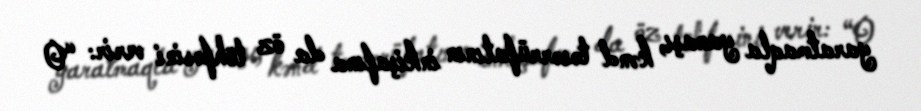
yaratmaqla yanaşı, kənd təsərrüfatının inkişafına da öz töhfəsini verir: “O